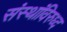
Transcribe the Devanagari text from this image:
संस्थांविरुध्द